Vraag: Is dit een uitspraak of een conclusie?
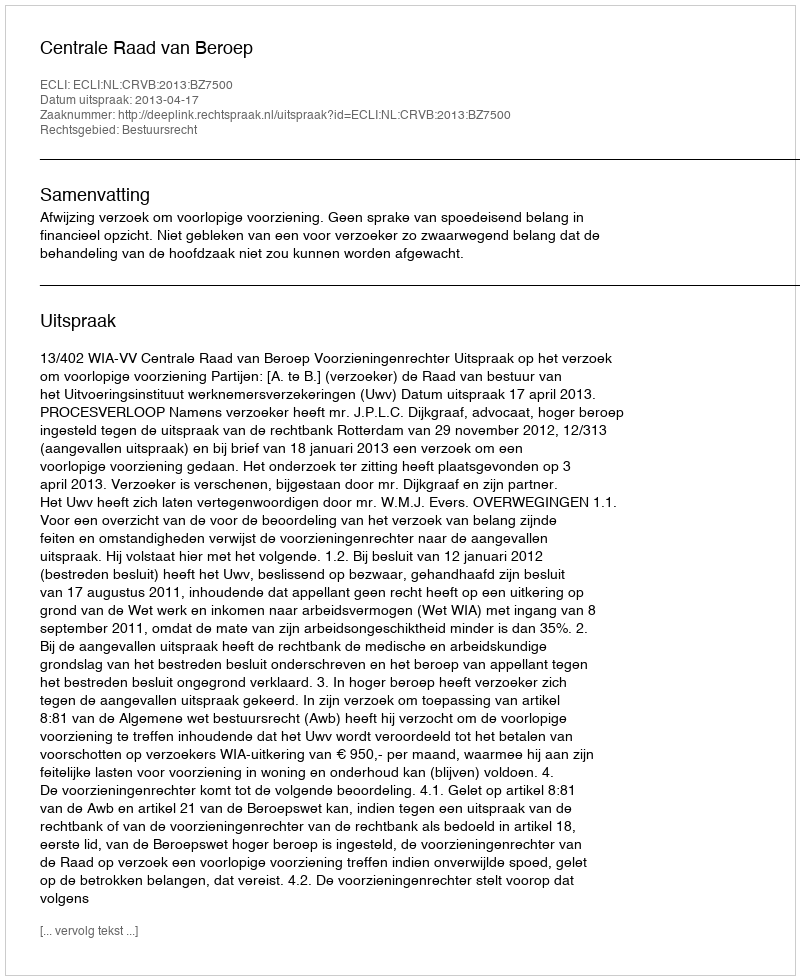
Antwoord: Uitspraak